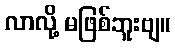
လာလို့ မဖြစ်ဘူးဗျ။